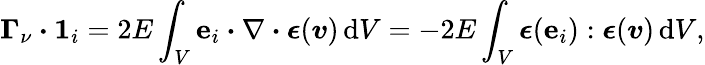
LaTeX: \boldsymbol{\Gamma}_{\nu}\boldsymbol{\cdot}\boldsymbol{1}_{i}=2E\int_{V}\boldsymbol{\mathrm{e}}_{i}\boldsymbol{\cdot}\nabla\boldsymbol{\cdot}\boldsymbol{\epsilon}(\boldsymbol{v})\, \mathrm{{d}}V=-2E\int_{V}\boldsymbol{\epsilon}(\boldsymbol{\mathrm{e}}_{i}):\boldsymbol{\epsilon}(\boldsymbol{v})\, \mathrm{{d}}V,